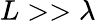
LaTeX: L>>\lambda